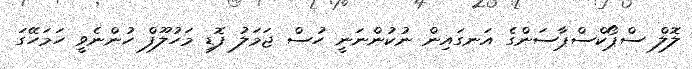
ލޮލް ސްޕޯކްސްޕާސަންގެ އަނގައިން ނުކުންނަނީ ހުސް ޖަމަލު ފޮޑި މަހުލޫފް ހުންނެވީ ހަމަހޭގަ